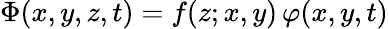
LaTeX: \Phi(x,y,z,t)=f(z;x,y)\, \varphi(x,y,t)